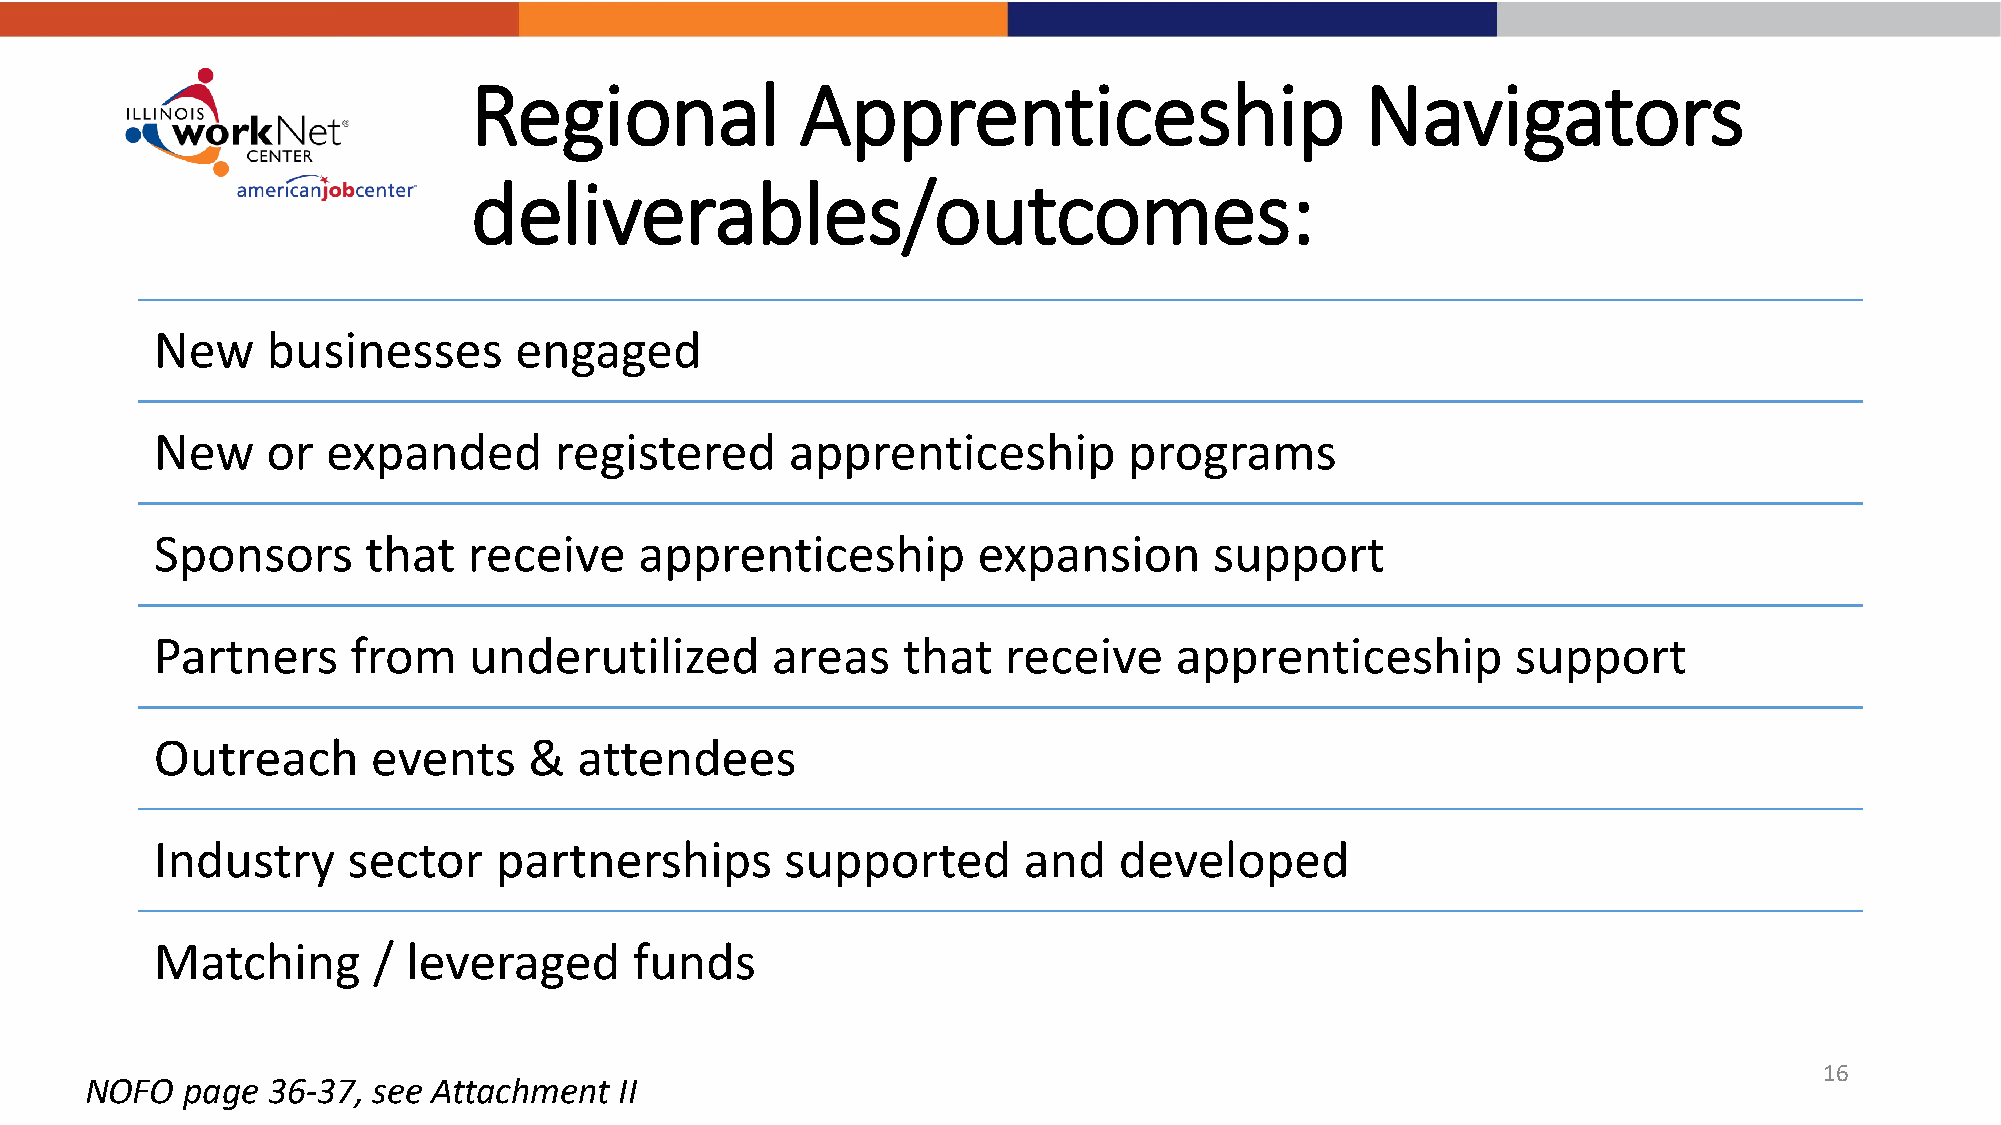
Regional              Apprenticeship                       Navigators
 deliverables/outcomes:
 New     businesses      engaged
 New     or  expanded       registered     apprenticeship         programs
 Sponsors      that   receive    apprenticeship         expansion      support
 Partners     from    underutilized       areas    that   receive    apprenticeship        support
 Outreach       events    &  attendees
 Industry     sector    partnerships       supported       and   developed
 Matching       / leveraged      funds
 16
 NOFO  page  36-37, see Attachment  II